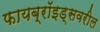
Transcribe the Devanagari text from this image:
फायब्रॉइड्‌सवरील